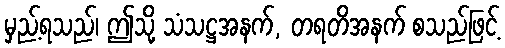
မှည့်ရသည်၊ ဤသို့ သံသဋ္ဌအနက်, တရတိအနက် စသည်ဖြင့်